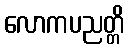
လောကပညတ္တိ